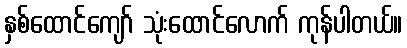
နှစ်ထောင်ကျော် သုံးထောင်လောက် ကုန်ပါတယ်။